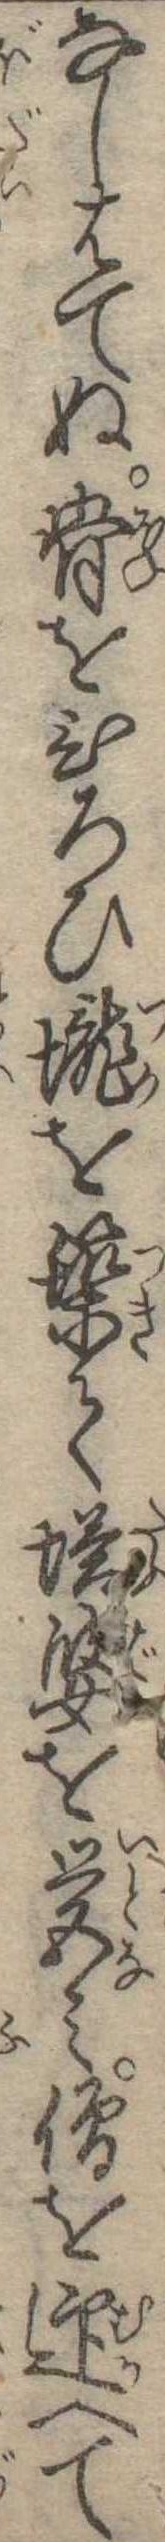
なしはてぬ骨をひろひ壟を築て塔婆を営み僧を迎へて